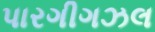
પારગીગઝલ